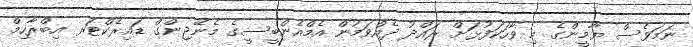
ނަމަވެސް ޔާމީންގެ މި ވާހަކަފުޅަށް ރައްދު ދެއްވަމުން އެމްއެންބީސީގެ މެނޭޖިންގް ޑައިރެކްޓަރ އިބްރާހިމް